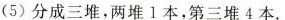
（5）分成三堆，两堆1本，第三堆4本。